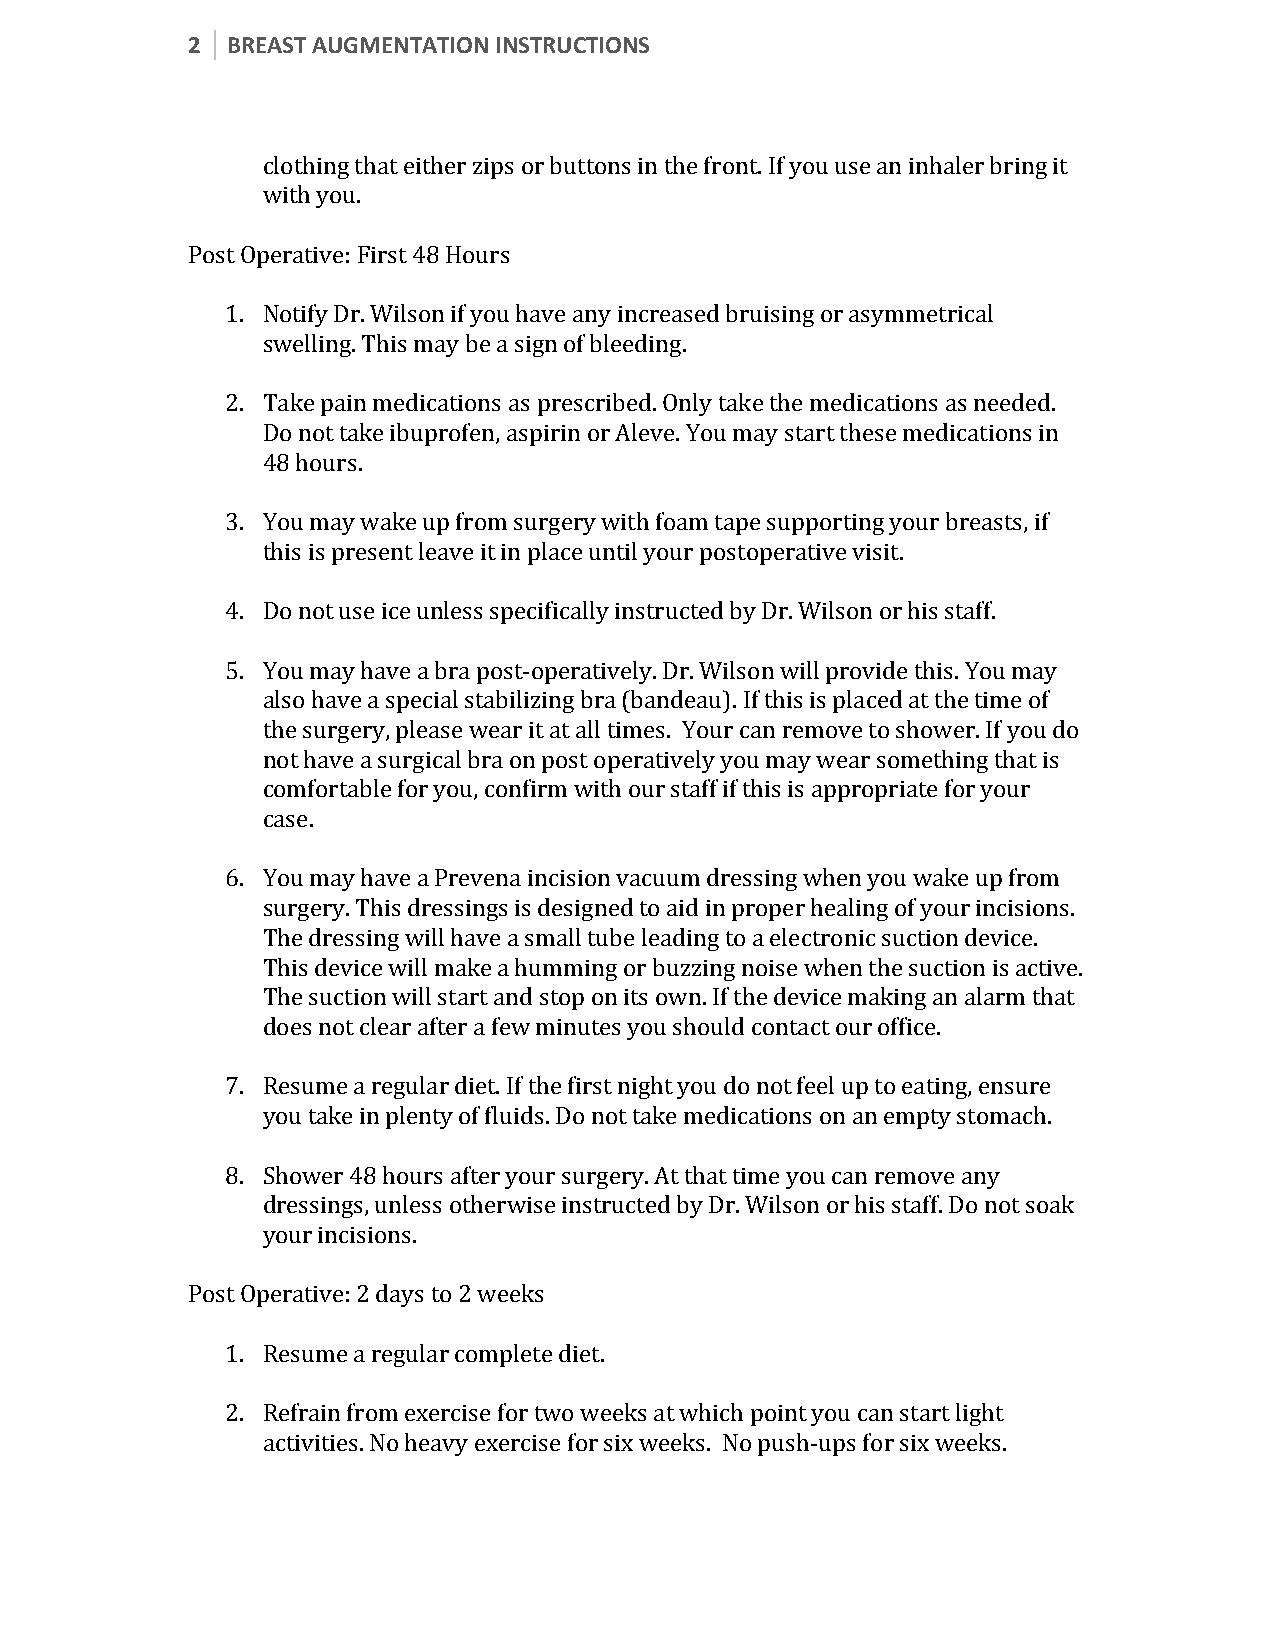
2  BREAST AUGMENTATION INSTRUCTIONS
 clothing that either zips or buttons in the front. If you use an inhaler bring it
 with you.
 Post Operative: First 48 Hours
 1. Notify Dr. Wilson if you have any increased bruising or asymmetrical
 swelling. This may be a sign of bleeding.
 2. Take pain medications as prescribed. Only take the medications as needed.
 Do not take ibuprofen, aspirin or Aleve. You may start these medications in
 48 hours.
 3. You may wake up from surgery with foam tape supporting your breasts, if
 this is present leave it in place until your postoperative visit.
 4. Do not use ice unless specifically instructed by Dr. Wilson or his staff.
 5. You may have a bra post-operatively. Dr. Wilson will provide this. You may
 also have a special stabilizing bra (bandeau). If this is placed at the time of
 the surgery, please wear it at all times. Your can remove to shower. If you do
 not have a surgical bra on post operatively you may wear something that is
 comfortable for you, confirm with our staff if this is appropriate for your
 case.
 6. You may have a Prevena incision vacuum dressing when you wake up from
 surgery. This dressings is designed to aid in proper healing of your incisions.
 The dressing will have a small tube leading to a electronic suction device.
 This device will make a humming or buzzing noise when the suction is active.
 The suction will start and stop on its own. If the device making an alarm that
 does not clear after a few minutes you should contact our office.
 7. Resume a regular diet. If the first night you do not feel up to eating, ensure
 you take in plenty of fluids. Do not take medications on an empty stomach.
 8. Shower 48 hours after your surgery. At that time you can remove any
 dressings, unless otherwise instructed by Dr. Wilson or his staff. Do not soak
 your incisions.
 Post Operative: 2 days to 2 weeks
 1. Resume a regular complete diet.
 2. Refrain from exercise for two weeks at which point you can start light
 activities. No heavy exercise for six weeks. No push-ups for six weeks.